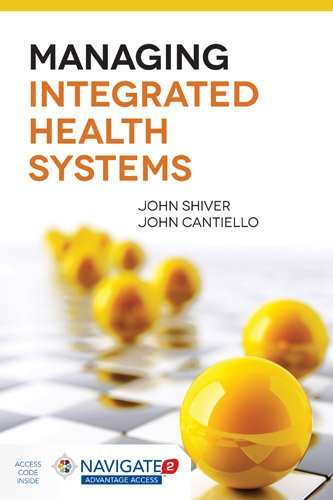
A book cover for Managing Integrated Health Systems; John (Jay) Shiver; Law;